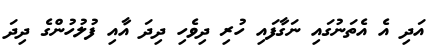
އަދި އެ އެތަނުގައި ނަގާފައި ހުރި ދިވެހި ދިދަ އާއި ފުލުހުންގެ ދިދަ